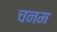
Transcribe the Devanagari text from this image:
चनम